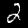
Label: 2